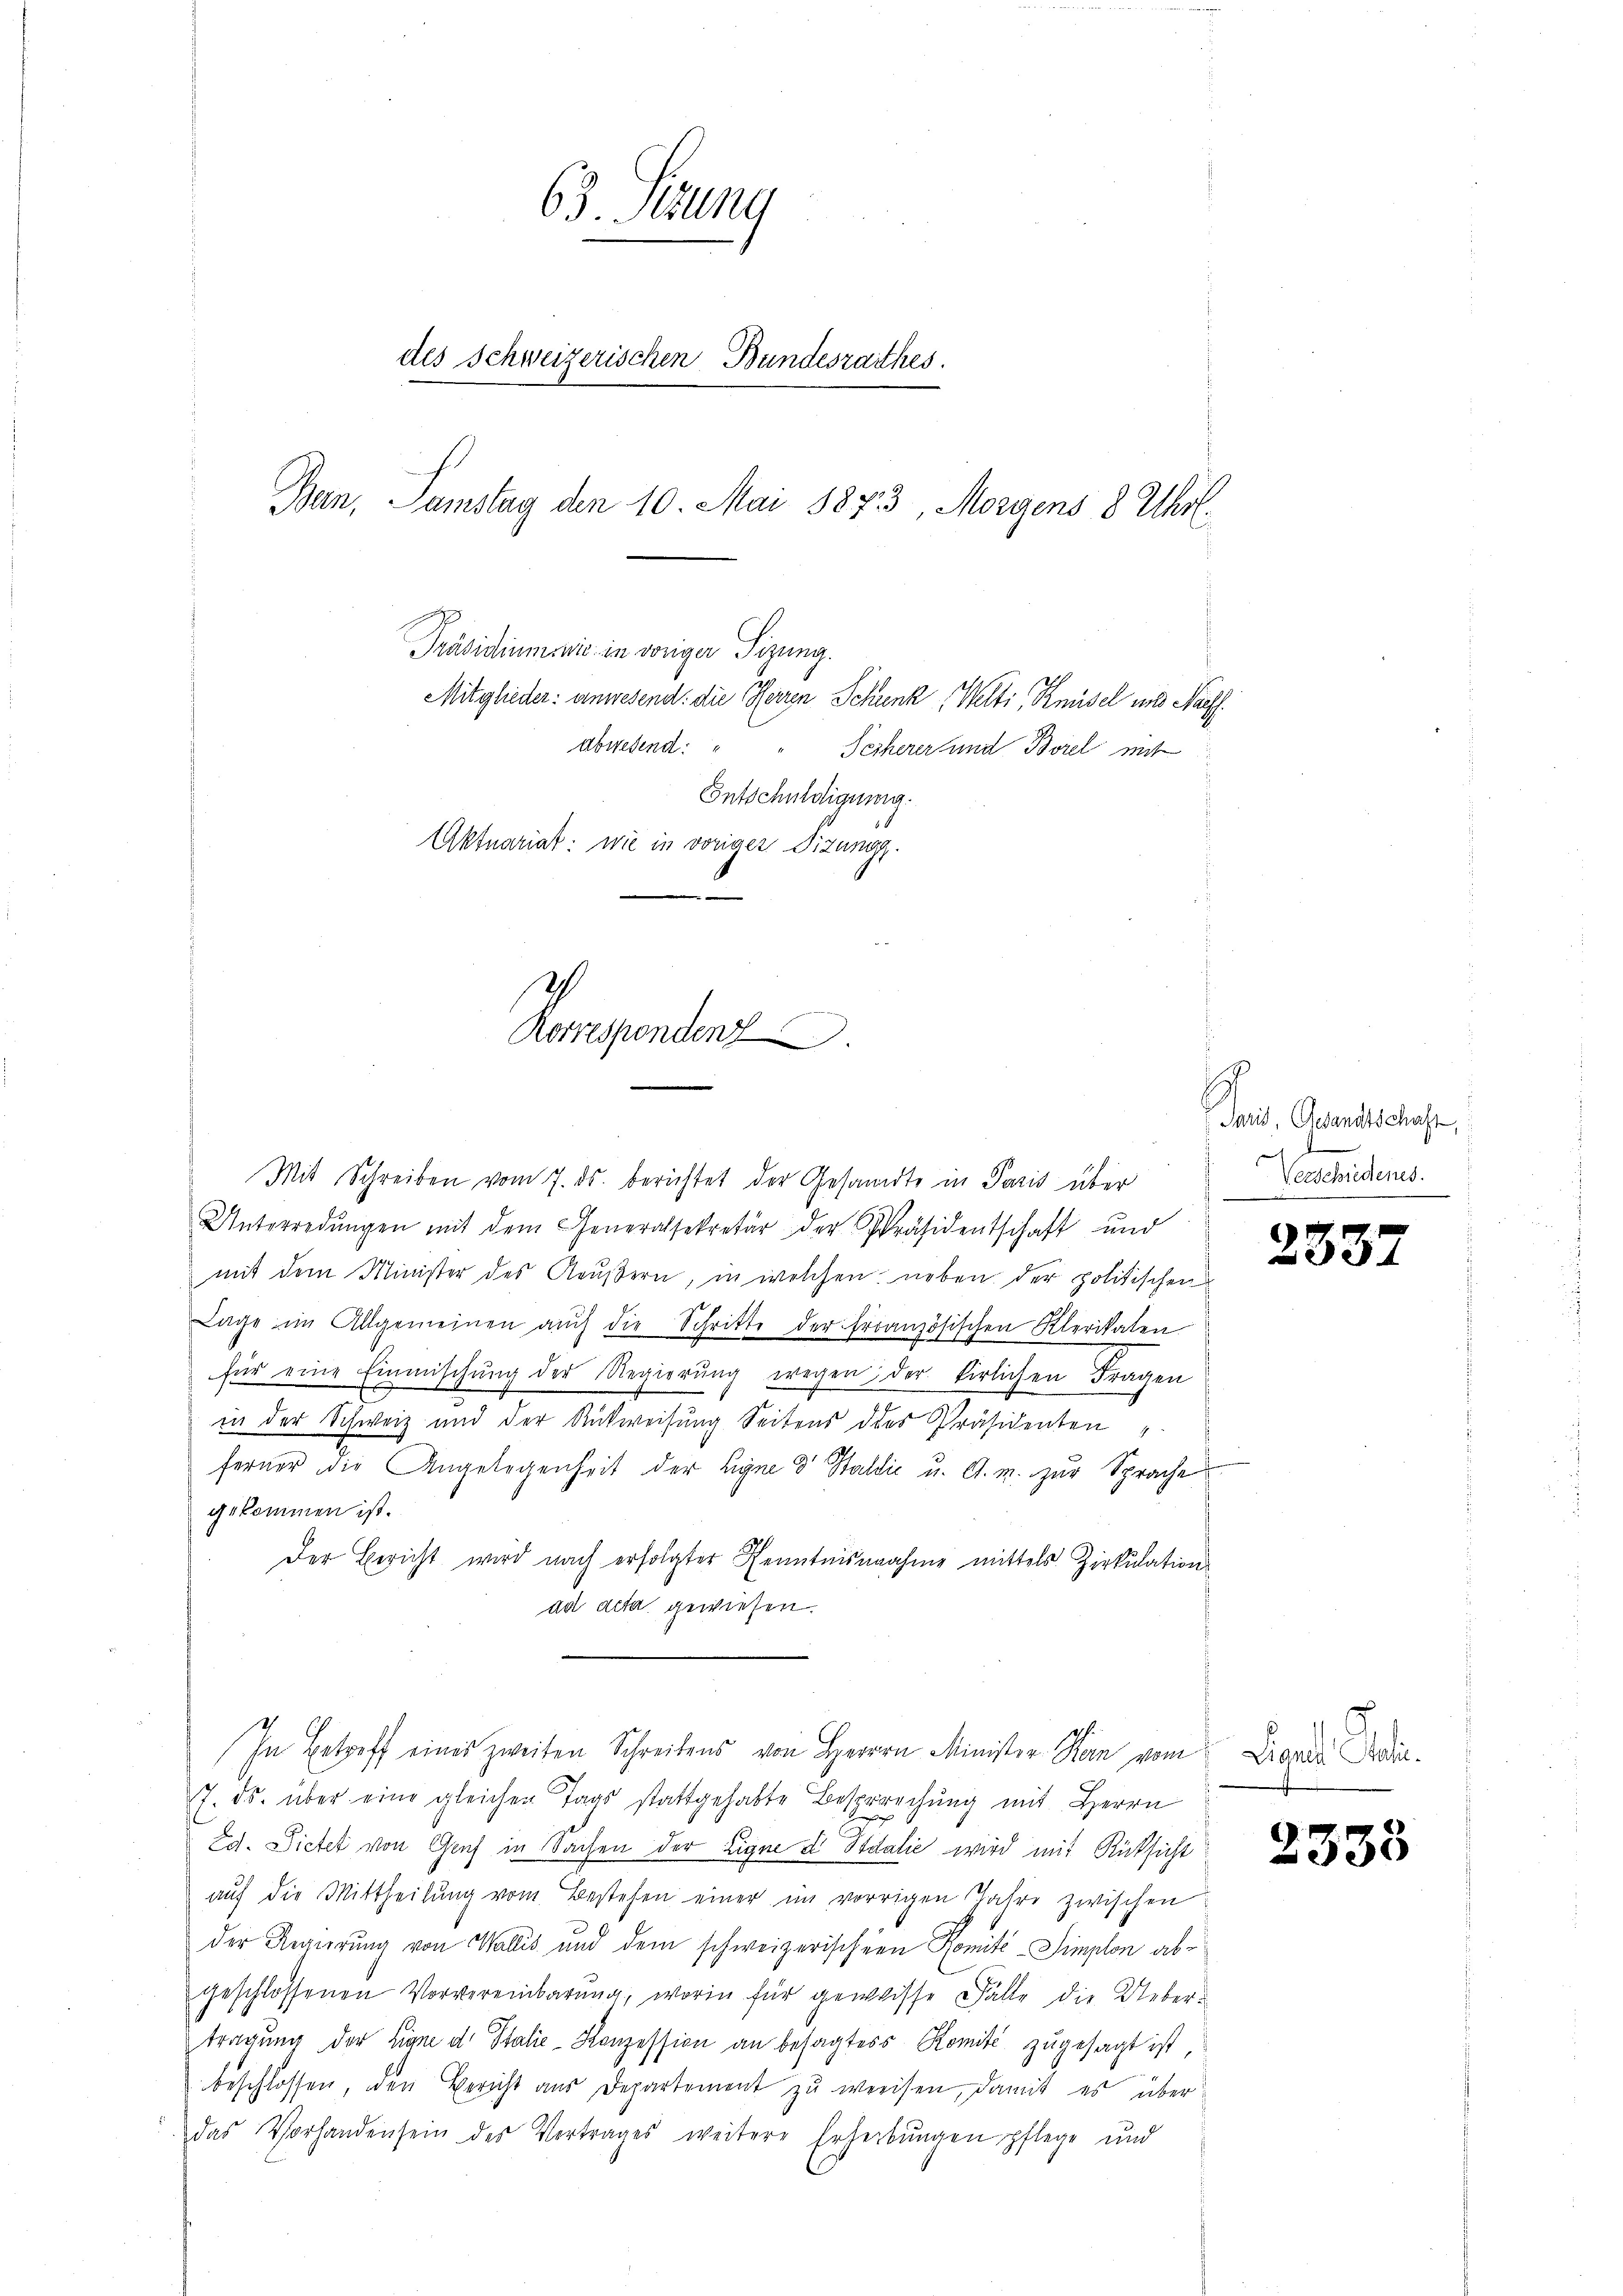
63. Sizung
des Schweizerischen Bundesrathes.
Ban, Samstag den 10. Mai 1873, Morgens 8 Uhr.

Präsidiuminis in vorige Sitzung.
Mitglieder: unwesend: die Herren Schrenk, Welti, Knüsel und Nachf
abwesend: " " Secherer und Borel mit
Entschuldigung.
Aktuariat: wie in voriger Tizung.
Ich
Korrespondenz

Mit Schreiben vom 7. ds. berichtet der Gesandte in Paris über
Unterredungen mit dem Generalsekretär der Präsidentschaft und
mit dem Minister des Reußern, in welchen neben der politischen
Lage im Allgemeinen aŭch die Schritte der Französischen Klerikaten
für eine Einmischŭng der Regierŭng wegen der tirlichen Fragen
in der Schweiz und der Rückweisung Seitens des Präsidenten
ferner die Angelegenheit der Eigne 3 Haldić u. A. M. zur Sprache
gekommen ist.
Der Bericht wird nach erfolgter Kenntnisnahme mittels Zirkulations
ad deta gewiesen.
In Betreff einer zweiten Schreibens von Herrrn Minister Man vom Livre die¬
7. ds. über eine gleichen Tags stattgehabte Besprechung mit Herrn
Ed. Sietet von Genf in Sachen der Eigne & Stdalie wird mit Rücksicht
auf die Mittheilung vom Bestehen einer im vorrigen Jahre zwischen
der Regierung von Wallis und dem schweizerischern Komité-Simplon abgeschlossenen Vorvereinbarung, worin für gewisse Fälle die Uebertragung der Eigen d. Stalie-Konzession an besagtes Komité zugesagt ist,
beschlossen, den Bericht aus Departement zŭ weeisen, damit es über-
das Vorhanden sein des Vertrages weitere Erhebŭngen pflege und

Jais, Gesandtschaft,
Verschiedenes.

2337

2335